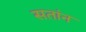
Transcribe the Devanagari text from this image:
सतांन